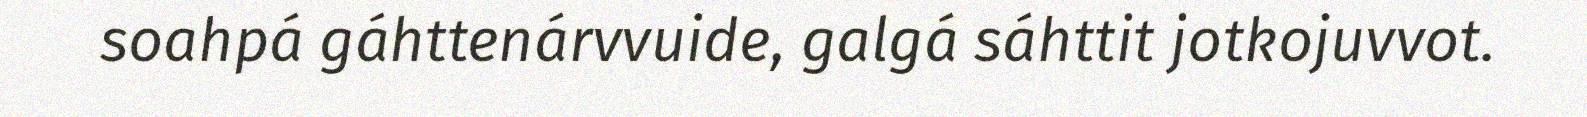
soahpá gáhttenárvvuide, galgá sáhttit jotkojuvvot.